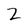
Character: Z